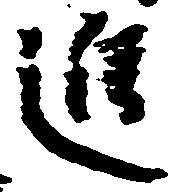
進